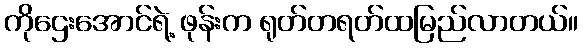
ကိုဌေးအောင်ရဲ့ ဖုန်းက ရုတ်တရတ်ထမြည်လာတယ်။